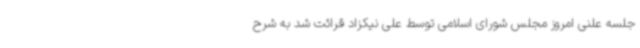
جلسه علنی امروز مجلس شورای اسلامی توسط علی نیکزاد قرائت شد به شرح